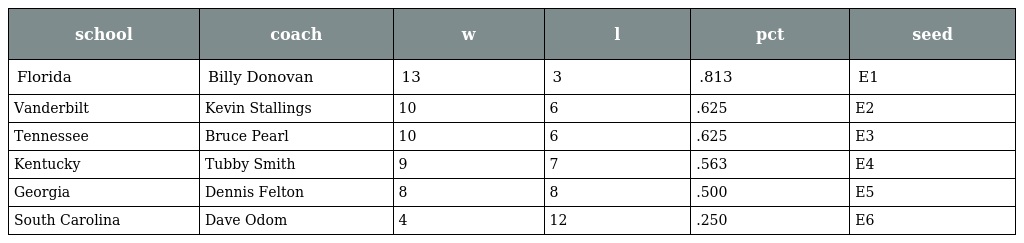
| school | coach | w | l | pct | seed |
 | --- | --- | --- | --- | --- | --- |
 | Florida | Billy Donovan | 13 | 3 | .813 | E1 |
 | Vanderbilt | Kevin Stallings | 10 | 6 | .625 | E2 |
 | Tennessee | Bruce Pearl | 10 | 6 | .625 | E3 |
 | Kentucky | Tubby Smith | 9 | 7 | .563 | E4 |
 | Georgia | Dennis Felton | 8 | 8 | .500 | E5 |
 | South Carolina | Dave Odom | 4 | 12 | .250 | E6 |